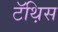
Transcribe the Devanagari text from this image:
टॅथ़िस